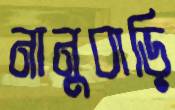
নানুবাড়ি